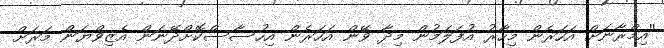
''އިމްރާނަށް އަހަރެން މިހާރު އުފަލަމުން މިދާ ވޭން އަހަރެން އިހުސާސްކޮށްދޭނަން އެޒިވްޔަން މަރަށް